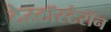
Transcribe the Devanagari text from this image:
टेस्टॉस्टेरॉन